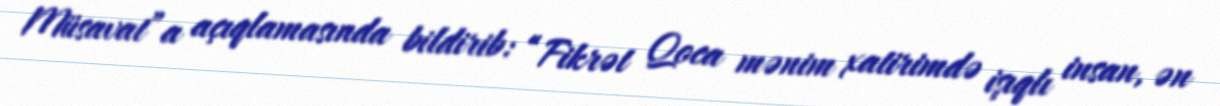
Müsavat”a açıqlamasında bildirib: “Fikrət Qoca mənim xatirimdə işıqlı insan, ən